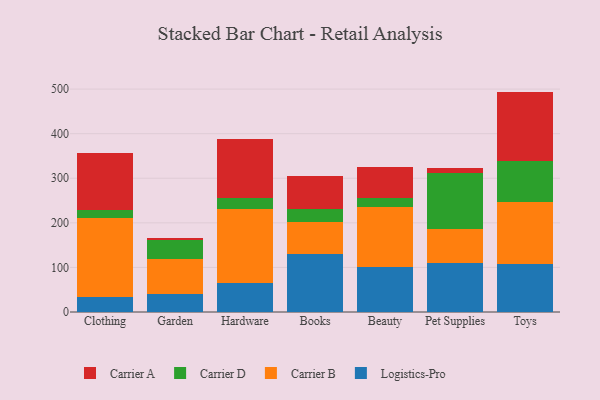
{"axis": {"x": "Category", "y": "Website Visitors"}, "legend": ["Carrier A", "Carrier B", "Carrier D", "Logistics-Pro"], "data": [{"x": "Clothing", "y": 34.1, "type": "Logistics-Pro"}, {"x": "Clothing", "y": 177.7, "type": "Carrier B"}, {"x": "Clothing", "y": 18.1, "type": "Carrier D"}, {"x": "Clothing", "y": 126.8, "type": "Carrier A"}, {"x": "Garden", "y": 40.9, "type": "Logistics-Pro"}, {"x": "Garden", "y": 78.3, "type": "Carrier B"}, {"x": "Garden", "y": 41.2, "type": "Carrier D"}, {"x": "Garden", "y": 5.5, "type": "Carrier A"}, {"x": "Hardware", "y": 65.0, "type": "Logistics-Pro"}, {"x": "Hardware", "y": 166.1, "type": "Carrier B"}, {"x": "Hardware", "y": 25.0, "type": "Carrier D"}, {"x": "Hardware", "y": 132.9, "type": "Carrier A"}, {"x": "Books", "y": 129.6, "type": "Logistics-Pro"}, {"x": "Books", "y": 71.2, "type": "Carrier B"}, {"x": "Books", "y": 31.2, "type": "Carrier D"}, {"x": "Books", "y": 72.9, "type": "Carrier A"}, {"x": "Beauty", "y": 99.9, "type": "Logistics-Pro"}, {"x": "Beauty", "y": 136.0, "type": "Carrier B"}, {"x": "Beauty", "y": 20.5, "type": "Carrier D"}, {"x": "Beauty", "y": 68.1, "type": "Carrier A"}, {"x": "Pet Supplies", "y": 109.6, "type": "Logistics-Pro"}, {"x": "Pet Supplies", "y": 76.1, "type": "Carrier B"}, {"x": "Pet Supplies", "y": 126.2, "type": "Carrier D"}, {"x": "Pet Supplies", "y": 11.4, "type": "Carrier A"}, {"x": "Toys", "y": 108.7, "type": "Logistics-Pro"}, {"x": "Toys", "y": 137.7, "type": "Carrier B"}, {"x": "Toys", "y": 93.0, "type": "Carrier D"}, {"x": "Toys", "y": 155.0, "type": "Carrier A"}]}